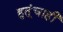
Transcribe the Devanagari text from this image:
हुतूंचाही